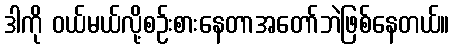
ဒါကို ဝယ်မယ်လို့စဉ်းစားနေတာအတော်ဘဲဖြစ်နေတယ်။